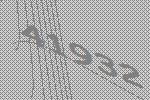
41932